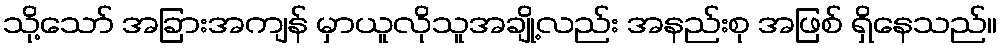
သို့သော် အခြားအကျန် မှာယူလိုသူအချို့လည်း အနည်းစု အဖြစ် ရှိနေသည်။